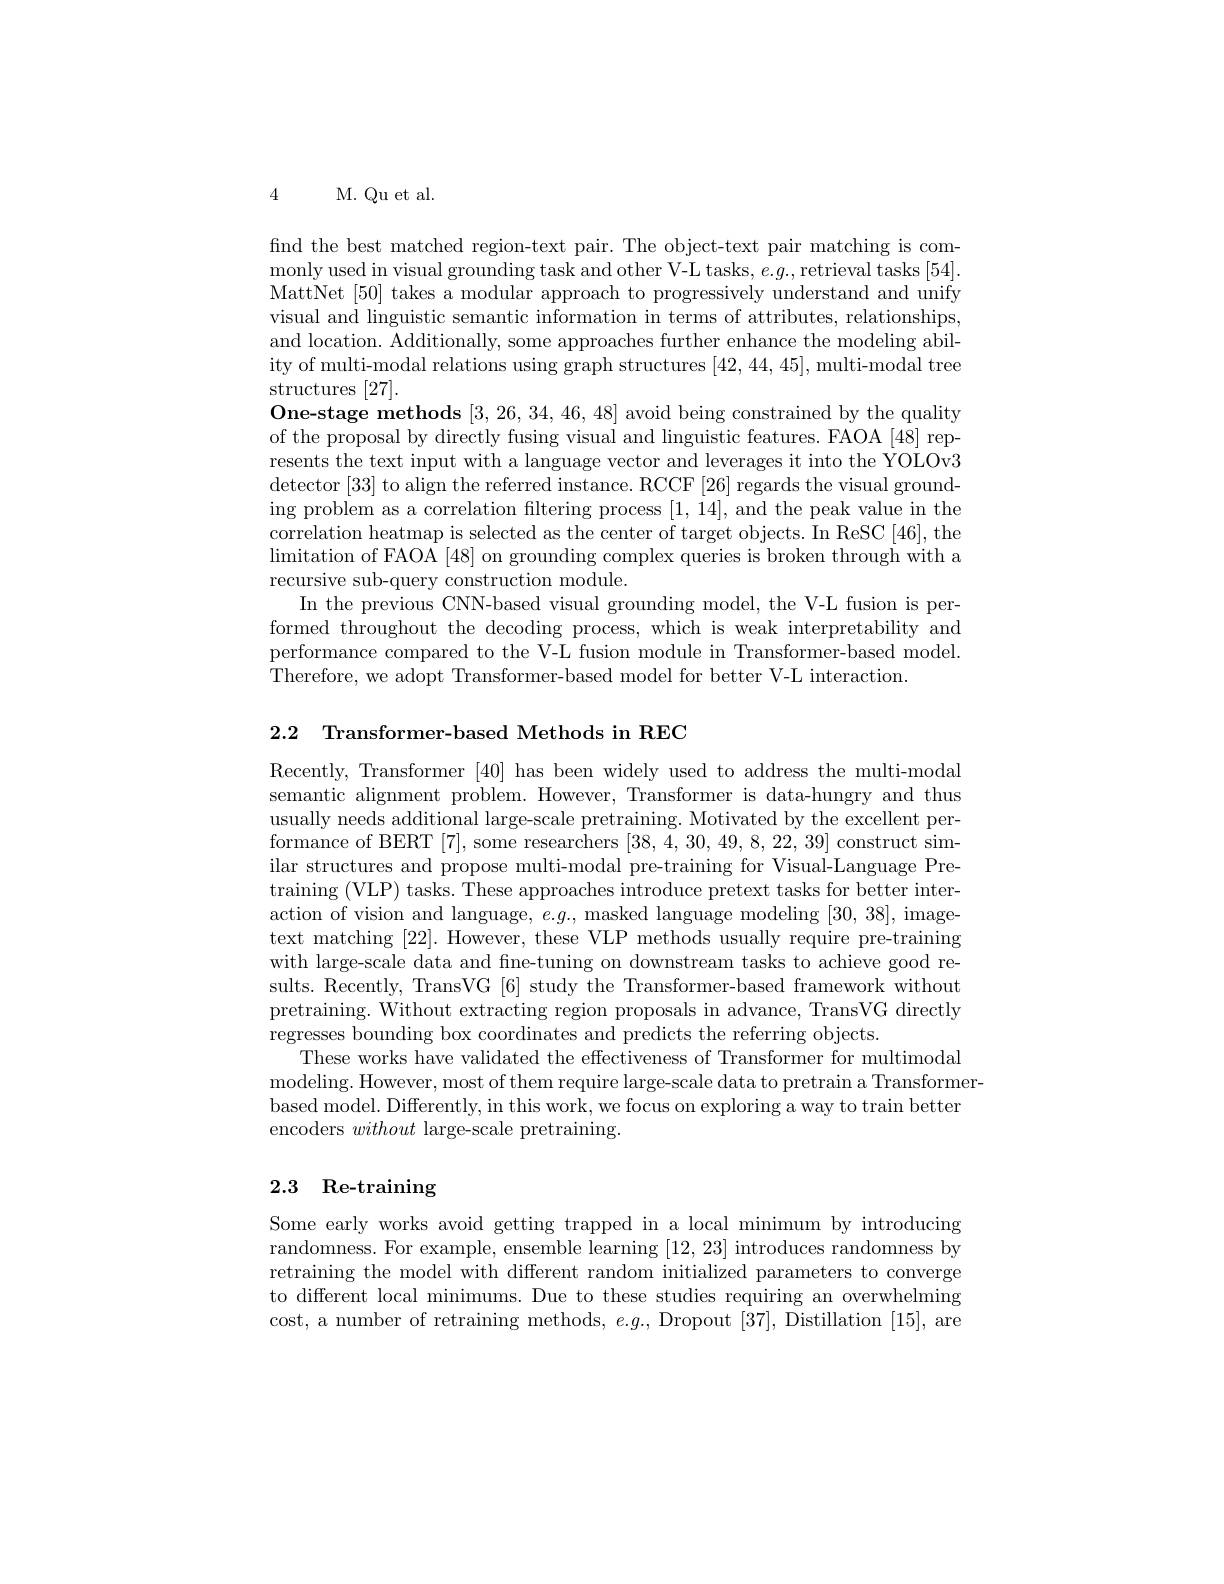
4

M. Qu et al.

find the best matched region-text pair. The object-text pair matching is commonly used in visual grounding task and other V- L tasks, e. g. , retrieval tasks [ 54] . MattNet [50] takes a modular approach to progressively understand and unify visual and linguistic semantic information in terms of attributes, relationships, and location. Additionally, some approaches further enhance the modeling ability of multi-modal relations using graph structures [42,44,45], multi-modal tree structures [27].
One-stage methods [3,26,34,46,48] avoid being constrained by the quality of the proposal by directly fusing visual and linguistic features. FAOA [48] represents the text input with a language vector and leverages it into the YOLOv3 detector [33] to align the referred instance. RCCF [26] regards the visual grounding problem as a correlation filtering process [1,14],and the peak value in the correlation heatmap is selected as the center of target objects. In ReSC [46], the limitation of FAOA [48] on grounding complex queries is broken through with a recursive sub-query construction module.
In the previous CNN-based visual grounding model, the V-L fusion is performed throughout the decoding process, which is weak interpretability and performance compared to the V-L fusion module in Transformer-based model. Therefore, we adopt Transformer-based model for better V-L interaction.

2.2 Transformer-based Methods in REC

Recently, Transformer [40] has been widely used to address the multi-modal semantic alignment problem. However, Transformer is data-hungry and thus usually needs additional large-scale pretraining. Motivated by the excellent performance of BERT [7],some researchers [38,4,30,49,8,22,39] construct similar structures and propose multi-modal pre-training for Visual-Language Pretraining (VLP) tasks. These approaches introduce pretext tasks for better interaction of vision and language, $e.g.$, masked language modeling [30,38], imagetext matching [22]. However, these VLP methods usually require pre-training with large-scale data and fne-tuning on downstream tasks to achieve good results. Recently, TransVG [6] study the Transformer-based framework without pretraining. Without extracting region proposals in advance, TransVG directly regresses bounding box coordinates and predicts the referring objects.
These works have validated the effectiveness of Transformer for multimodal
modeling. However, most of them require large- scale data to pretrain a Transformer-
based model. Differently, in this work, we focus on exploring a way to train better
encoders without large-scale pretraining.

## 2.3 Re-training

Some early works avoid getting trapped in a local minimum by introducing randomness. For example, ensemble learning [12,23] introduces randomness by retraining the model with different random initialized parameters to converge to different local minimums. Due to these studies requiring an overwhelming cost, a number of retraining methods, $e.g.$, Dropout [37], Distillation [15], are